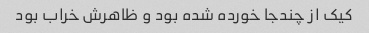
کیک از چندجا خورده شده بود و ظاهرش خراب بود